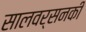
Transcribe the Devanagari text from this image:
सालवर्सनकी